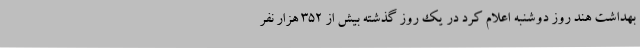
بهداشت هند روز دوشنبه اعلام کرد در یک روز گذشته بیش از ۳۵۲ هزار نفر